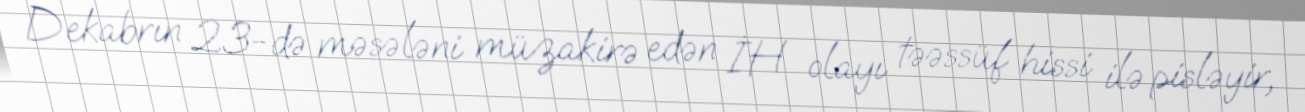
Dekabrın 23-də məsələni müzakirə edən İH olayı təəssüf hissi ilə pisləyir,